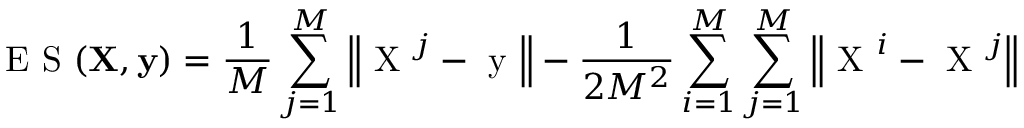
\mathrm { ~ E ~ S ~ } ( \mathbf { X } , \mathbf { y } ) = \frac { 1 } { M } \sum _ { j = 1 } ^ { M } \left\Vert \mathrm { ~ X ~ } ^ { j } - \mathrm { ~ y ~ } \right\Vert - \frac { 1 } { 2 M ^ { 2 } } \sum _ { i = 1 } ^ { M } \sum _ { j = 1 } ^ { M } \left\Vert \mathrm { ~ X ~ } ^ { i } - \mathrm { ~ X ~ } ^ { j } \right\Vert